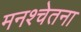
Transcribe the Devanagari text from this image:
मनश्चेतना